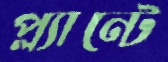
প্ল্যান্টে